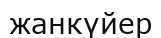
жанкүйер